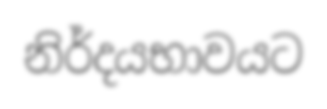
නිර්දයභාවයට